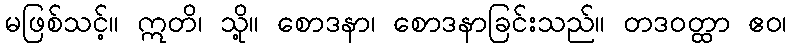
မဖြစ်သင့်။ ဣတိ၊ သို့။ စောဒနာ၊ စောဒနာခြင်းသည်။ တဒဝတ္ထာ ဧဝ၊